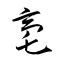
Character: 亳